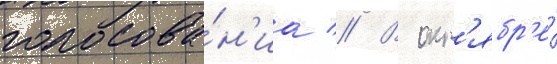
голосова́н'иа // В окт'ябр'е́